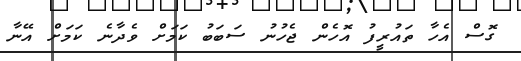
ގޮސް އެހާ ތައުރީފު އޮހެން ޖެހުނު ސަބަބު ކަމަށް ވެދާނެ ކަމަށް އޭނާ